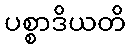
ပစ္စာဒိယတိ